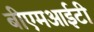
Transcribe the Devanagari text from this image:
बीएमआईटी